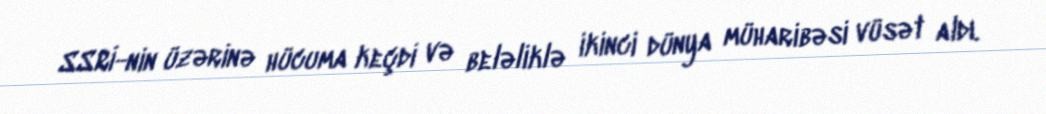
SSRİ-nin üzərinə hücuma keçdi və beləliklə ikinci dünya müharibəsi vüsət aldı.